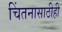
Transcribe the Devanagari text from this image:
चिंतनासाठीही